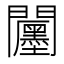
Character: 𮤪